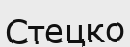
Стецко